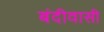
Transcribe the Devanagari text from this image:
बंदीवासी